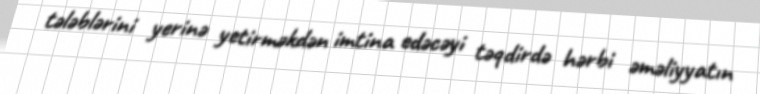
tələblərini yerinə yetirməkdən imtina edəcəyi təqdirdə hərbi əməliyyatın